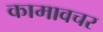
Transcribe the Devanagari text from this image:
कामावचर